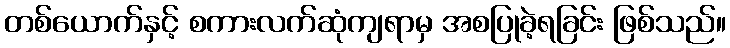
တစ်ယောက်နှင့် စကားလက်ဆုံကျရာမှ အစပြုခဲ့ရခြင်း ဖြစ်သည်။